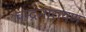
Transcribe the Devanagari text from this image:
चन्द्रनारायण